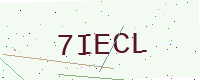
Text: 7IECL